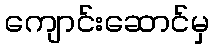
ကျောင်းဆောင်မှ